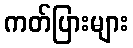
ကတ်ပြားများ